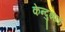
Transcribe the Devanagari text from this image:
केन्दुझाड़